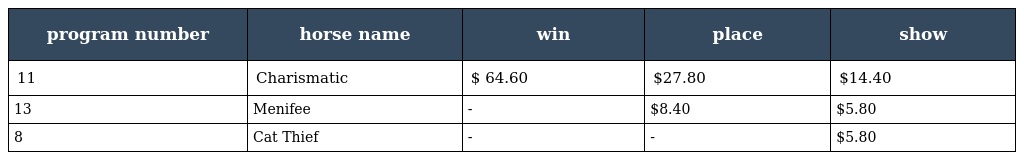
| program number | horse name | win | place | show |
 | --- | --- | --- | --- | --- |
 | 11 | Charismatic | $ 64.60 | $27.80 | $14.40 |
 | 13 | Menifee | - | $8.40 | $5.80 |
 | 8 | Cat Thief | - | - | $5.80 |